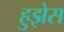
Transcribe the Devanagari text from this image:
हुझेस